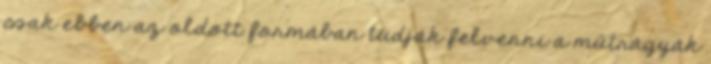
csak ebben az oldott formában tudják felvenni a műtrágyák